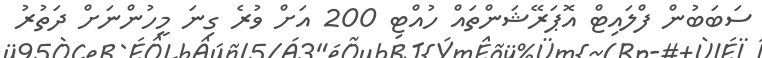
ސަބަބުން ފްލައިޓް އޮޕަރޭޝަންތައް ހުއްޓި 200 އަށް ވުރެ ގިނަ މީހުންނަށް ދަތުރު